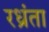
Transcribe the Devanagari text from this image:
रध्रंता